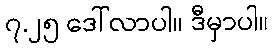
၇.၂၅ ဒေါ်လာပါ။ ဒီမှာပါ။